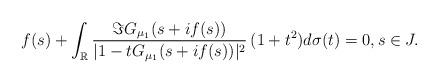
LaTeX: \begin{align*}f(s)+\int_{\mathbb{R}}\frac{\Im G_{\mu_{1}}(s+if(s))}{|1-tG_{\mu_{1}}(s+if(s))|^{2}}\,(1+t^{2})d\sigma(t)=0,s\in J.\end{align*}